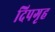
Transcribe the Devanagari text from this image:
दिपगृह